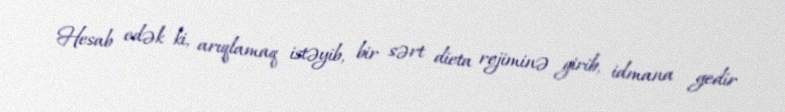
Hesab edək ki, arıqlamaq istəyib, bir sərt dieta rejiminə girib, idmana gedir